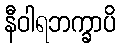
နီဝါရဘက္ခာပိ